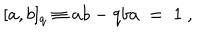
LaTeX: [ a , b ] _ { q } \equiv a b - q b a \ = \ 1 \ ,